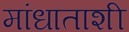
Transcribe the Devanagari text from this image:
मांधाताशी